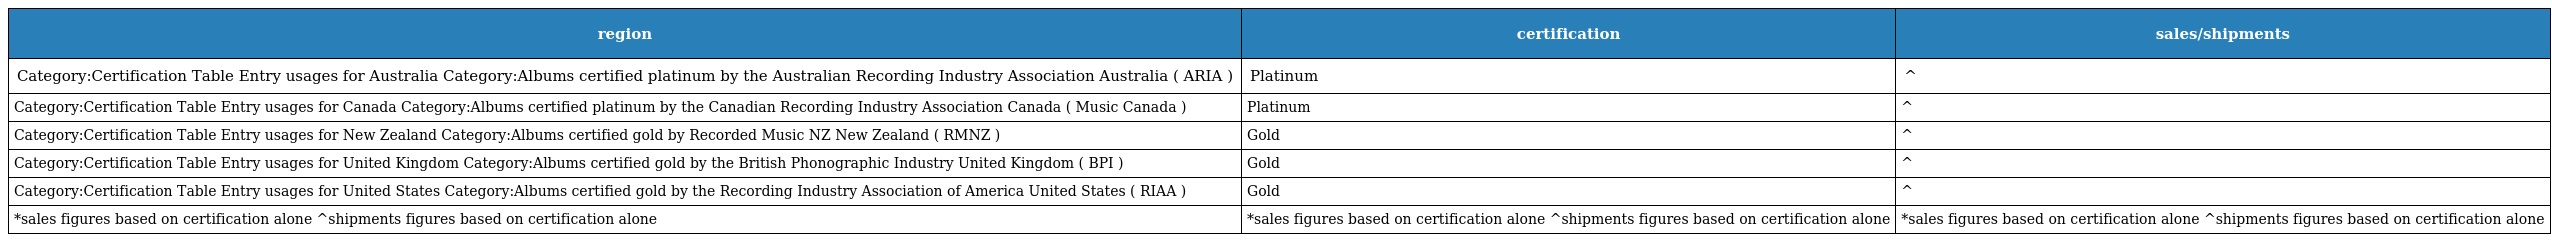
| region | certification | sales/shipments |
 | --- | --- | --- |
 | Category:Certification Table Entry usages for Australia Category:Albums certified platinum by the Australian Recording Industry Association Australia ( ARIA ) | Platinum | ^ |
 | Category:Certification Table Entry usages for Canada Category:Albums certified platinum by the Canadian Recording Industry Association Canada ( Music Canada ) | Platinum | ^ |
 | Category:Certification Table Entry usages for New Zealand Category:Albums certified gold by Recorded Music NZ New Zealand ( RMNZ ) | Gold | ^ |
 | Category:Certification Table Entry usages for United Kingdom Category:Albums certified gold by the British Phonographic Industry United Kingdom ( BPI ) | Gold | ^ |
 | Category:Certification Table Entry usages for United States Category:Albums certified gold by the Recording Industry Association of America United States ( RIAA ) | Gold | ^ |
 | *sales figures based on certification alone ^shipments figures based on certification alone | *sales figures based on certification alone ^shipments figures based on certification alone | *sales figures based on certification alone ^shipments figures based on certification alone |